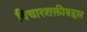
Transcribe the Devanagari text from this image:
विचारशक्तीबद्दल